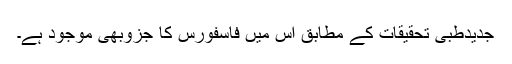
جدیدطبی تحقیقات کے مطابق اس میں فاسفورس کا جزوبھی موجود ہے۔